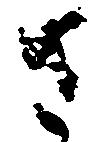
さ